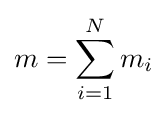
m=\sum _{i=1}^{N}m_{i}